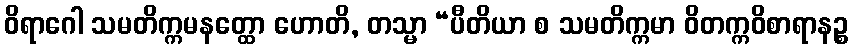
ဝိရာဂေါ သမတိက္ကမနတ္ထော ဟောတိ, တသ္မာ “ပီတိယာ စ သမတိက္ကမာ ဝိတက္ကဝိစာရာနဉ္စ